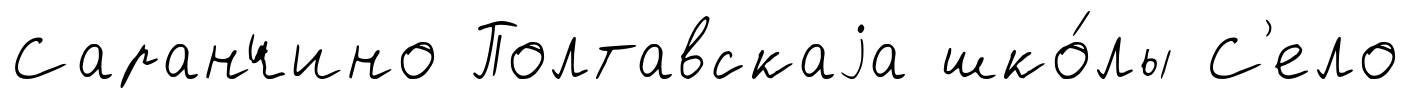
Саранчино Полтавскаjа шко́лы С'ело